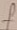
Text: f